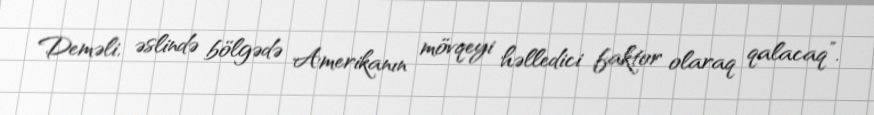
Deməli, əslində bölgədə Amerikanın mövqeyi həlledici faktor olaraq qalacaq”.